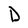
Character: D